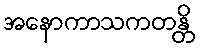
အနောကာသကတန္တိ